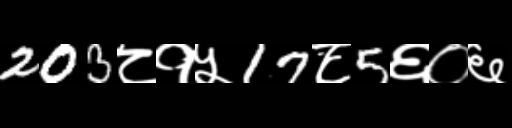
Text: 203८१५17८5६०६